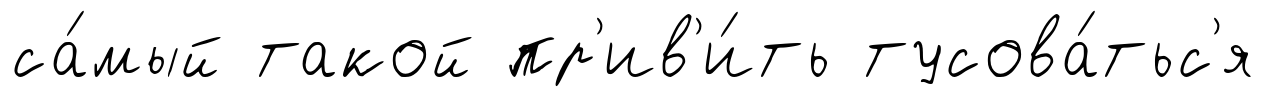
са́мый такой пр'ив'и́ть тусова́тьс'я